Sanitation, dispensaries and jails vaccination Rajputana 1922-1927 - 1922-1927
Year: 1922
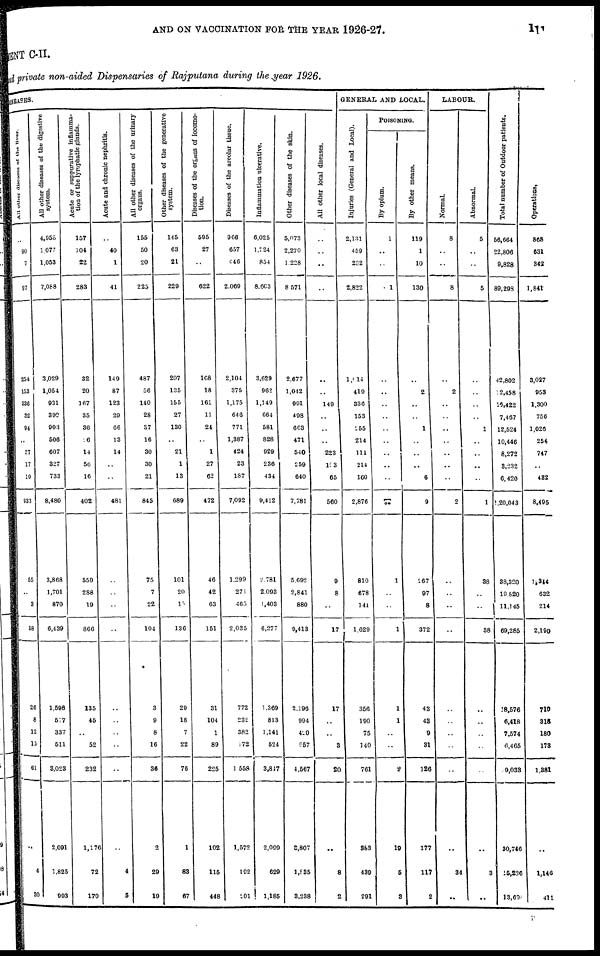
AND ON VACCINATION FOR THE YEAR 1926-27.
111
MENT C-II.
private non-aided Dispensaries of Rajputana during the year 1926.
DISEASES.
All other diseases of the l
..
90
7
97
254
153
336
32
94
..
37
17
10
933
55
..
3
58
26
8
12
15
61
..
4
30
All other diseases of the digestive
system.
4,958
1,077
1,053
7,088
3,029
1,054
931
390
903
506
607
327
733
8,480
3,868
1,701
870
6,439
1,598
577
337
511
3,023
2,091
1,825
993
Acute or suppurative inflamma-
tion of the lymphatic glands.
157
104
22
283
32
20
167
35
36
26
14
56
16
402
559
288
19
866
135
45
..
52
232
1,176
72
170
Acute and chronic nephritis.
..
40
1
41
149
87
123
29
66
13
14
..
..
481
..
..
..
..
..
..
..
..
..
..
4
5
All other diseases of the urinary
organs.
155
50
20
225
487
56
140
28
37
16
30
30
21
845
75
7
22
104
3
9
8
16
36
2
29
19
Other diseases of the generative
system.
145
63
21
229
207
135
155
27
130
..
21
1
13
689
101
20
10
136
29
18
7
22
76
1
83
67
Diseases of the organs of locomo-
tion.
595
27
..
622
108
18
161
11
24
..
1
27
62
472
46
42
63
151
31
104
1
89
225
102
115
448
Diseases of the areolar tissue.
966
657
446
2,069
2,104
375
1,175
646
771
1,387
424
23
187
7,092
1,299
271
465
2,035
772
232
382
172
1,558
1,572
192
101
Inflammation ulcerative.
6,025
1,724
854
8,603
3,629
962
1,149
664
581
828
929
236
434
9,412
2,781
2,093
1,403
6,277
1,369
813
1,141
524
3,817
2,099
629
1,185
Other diseases of the skin.
5,073
2,270
1,228
8,571
2,677
1,042
991
498
663
471
540
259
640
7,781
5,692
2,841
880
9,413
2,196
994
420
957
4,567
3,807
1,835
3,238
All other local diseases.
..
..
..
..
..
..
149
..
..
..
223
193
65
560
9
8
..
17
17
..
..
3
20
..
8
2
GENERAL AND LOCAL.
Injuries (General and Local).
2,131
459
232
2,822
1,014
419
336
153
255
214
111
214
160
2,876
810
678
141
1,629
356
190
75
140
761
383
439
291
POISONING.
By opium.
1
..
..
1
..
..
..
..
..
..
..
..
..
..
1
..
..
1
1
1
..
..
2
19
5
3
By other means.
119
1
10
130
..
2
..
..
1
..
..
..
6
9
267
97
8
372
43
43
9
31
126
177
117
2
LABOUR.
Normal.
8
..
..
8
..
2
..
..
..
..
..
..
..
2
..
..
..
..
..
..
..
..
..
..
34
..
Abnormal.
5
..
..
5
..
..
..
..
1
..
..
..
..
1
38
..
..
38
..
..
..
..
..
..
3
..
Total number of Outdoor patients.
56,664
22,806
9,828
89,298
42,802
12,458
16,422
7,467
12,524
10,446
8,272
3,232
6,420
1,20,043
38,320
19,820
11,145
69,285
18,576
6,418
7,574
6,465
9,033
30,746
15,236
13,634
Operations,
868
631
342
1,841
3,027
953
1,300
756
1,026
254
747
..
432
8,495
1,344
632
214
2,190
710
318
180
178
1,381
..
1,146
411
P